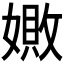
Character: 𪦚